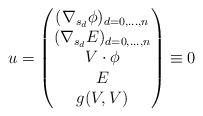
LaTeX: \begin{align*} u= \begin{pmatrix} (\nabla_{s_d} \phi)_{d=0,...,n} \\ (\nabla_{s_d}E)_{d=0,...,n} \\ V \cdot \phi \\ E \\ g(V,V) \end{pmatrix} \equiv 0\end{align*}